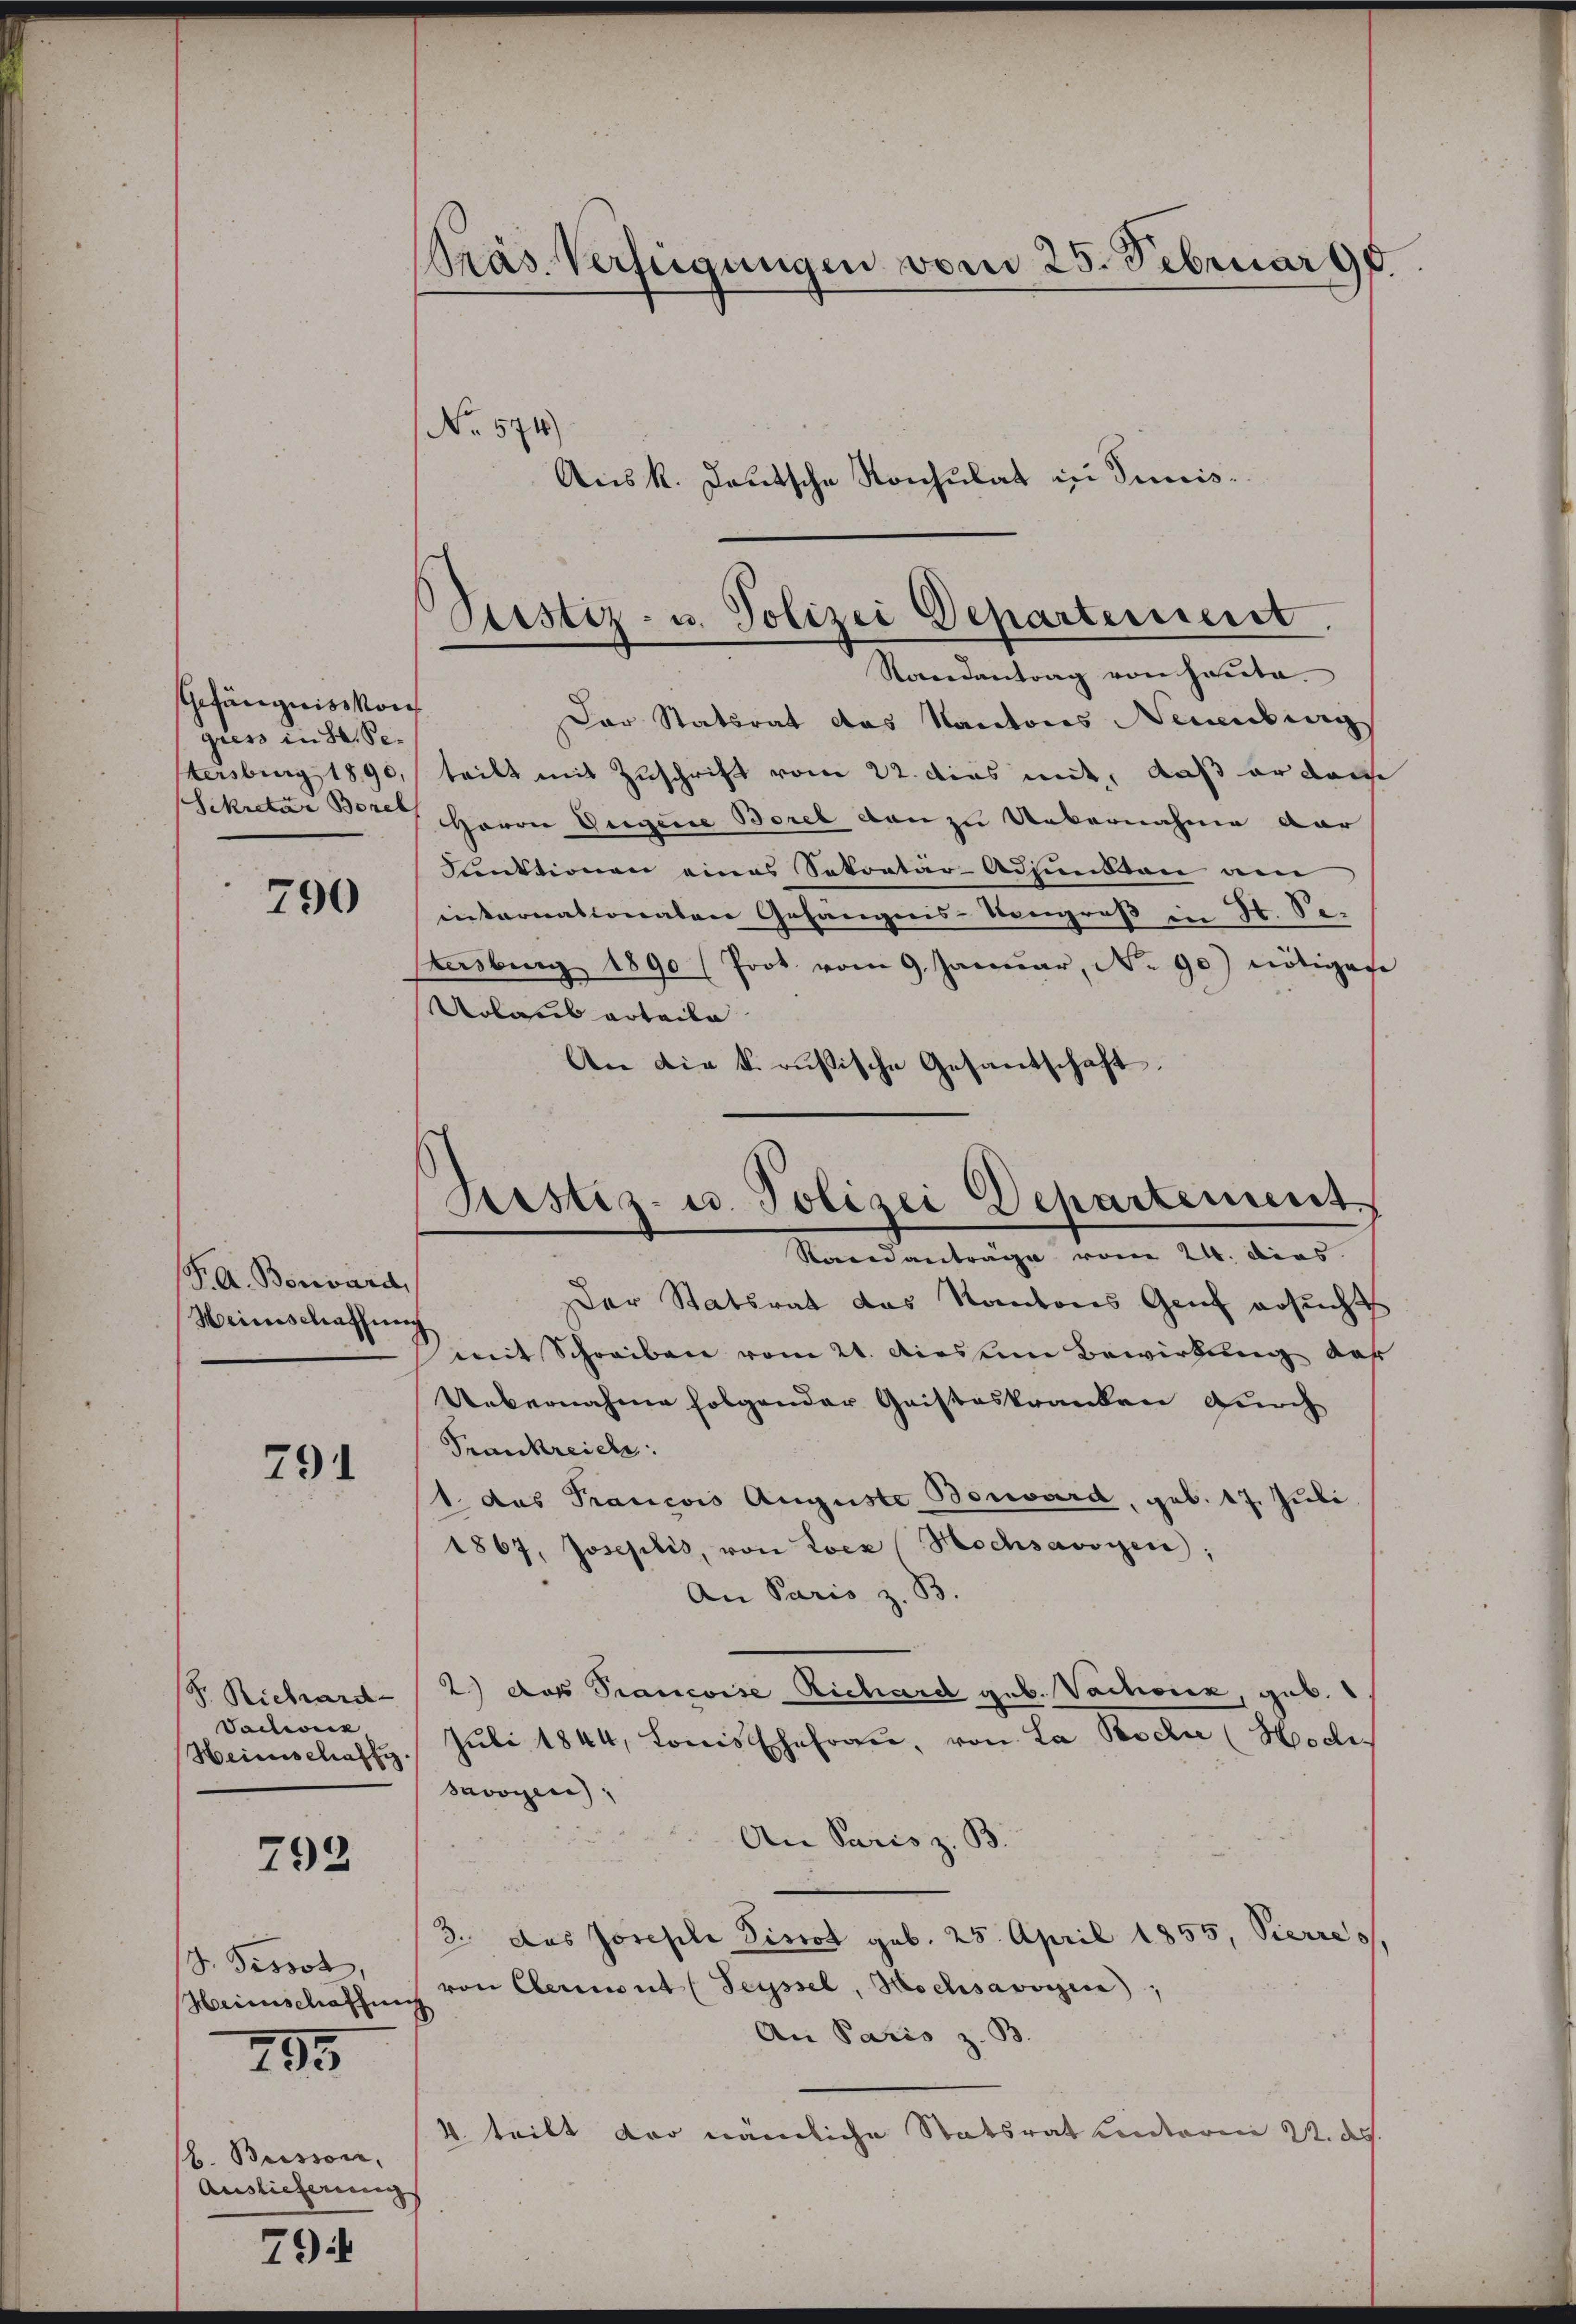
790

F. A. Bonard,
Heinschaffung

791

792

J. Pissot
Heinschaffung

795

794

Präs. Verfügungen vom 25. Februar 90.
No. 574
Aus k. Lautsche Konsulat in Juris¬

Gefängniss kon
giess in St. Pe-
tersburg 1890,
Sekretär Borel

J. Richard-
Vadwick
Heimischaffi

b. Buisson,
Auslieferung

Justiz- u. Polizei Departensiert.
Randantrag von heute.

Der Statsrat das Kantons Neuenburg
teilt mit Zuschrift vom 22. dies mit, daß er dam
HHerrn Gegene Borel von zu Uebernahme dar
Funktionen eines Sekretär-Adjundton am
iiternationalen Gefängnis-Kongroß in H. Se.
tasburg 1890 (Prot vom 9. Januar, No 90) nötigen
Urlaub erteile
An die k. russische Gesandschaft.
Der Statsrat das Kantons Genf ersucht
mit Schreiben vom 24. dies um Bewirkung der
Uebernahme folgender Geisteskranken durch
Prankreich:
1. das Prancois Auguste Bonard, geb. 17. Juli
1867, Joseplis, von Locz (Hechsavoyen,
An Paris z. B.
2.) Das Prancoise Richard geb. Vachoix geb.
Juli 1844, Louis Ehefrau, von La Bochi (Hoci¬
Savoyen,
An Paris z. B.
2. das Josefile Pissot geb. 25. April 1855, Pierres
von Element (Seyssel, Hochsavoyen,
An Paris z. B.
4. teilt der nämliche Statsrat Contorn 22. ds.

Testiz- u. Polizei Departement.
Raandantrage vom 24. dies